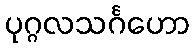
ပုဂ္ဂလသင်္ဂဟော